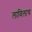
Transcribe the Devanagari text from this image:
लाविलाच